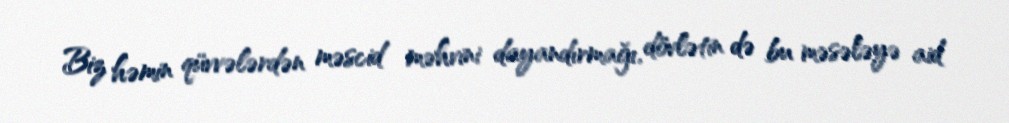
Biz həmin qüvvələrdən məscid məhvini dayandırmağı, dövlətin də bu məsələyə aid